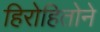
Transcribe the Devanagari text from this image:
हिरोहितोने